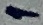
Text: 1